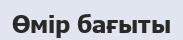
Өмір бағыты